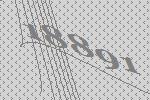
18891